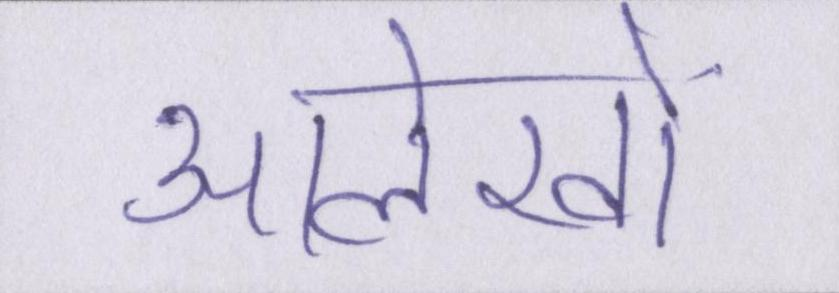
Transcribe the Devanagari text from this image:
आलेखों